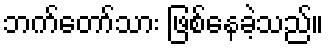
ဘက်တော်သား ဖြစ်နေခဲ့သည်။